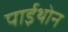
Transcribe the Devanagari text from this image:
पाईथोन